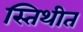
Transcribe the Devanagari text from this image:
स्तिथीत